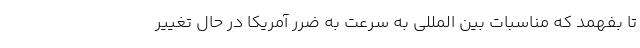
تا بفهمد که مناسبات بین المللی به سرعت به ضرر آمریکا در حال تغییر